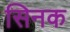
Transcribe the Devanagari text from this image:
सिनक